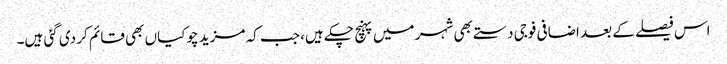
اس فیصلے کے بعد اضافی فوجی دستے بھی شہر میں پہنچ چکے ہیں، جب کہ مزید چوکیاں بھی قائم کر دی گئی ہیں۔